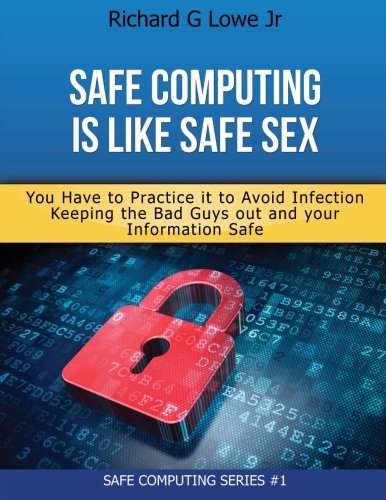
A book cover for Safe Computing is Like Safe Sex: You have to practice it to avoid infection; Richard G Lowe Jr; Computers & Technology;